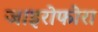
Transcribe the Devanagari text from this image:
जाइरोफोरा